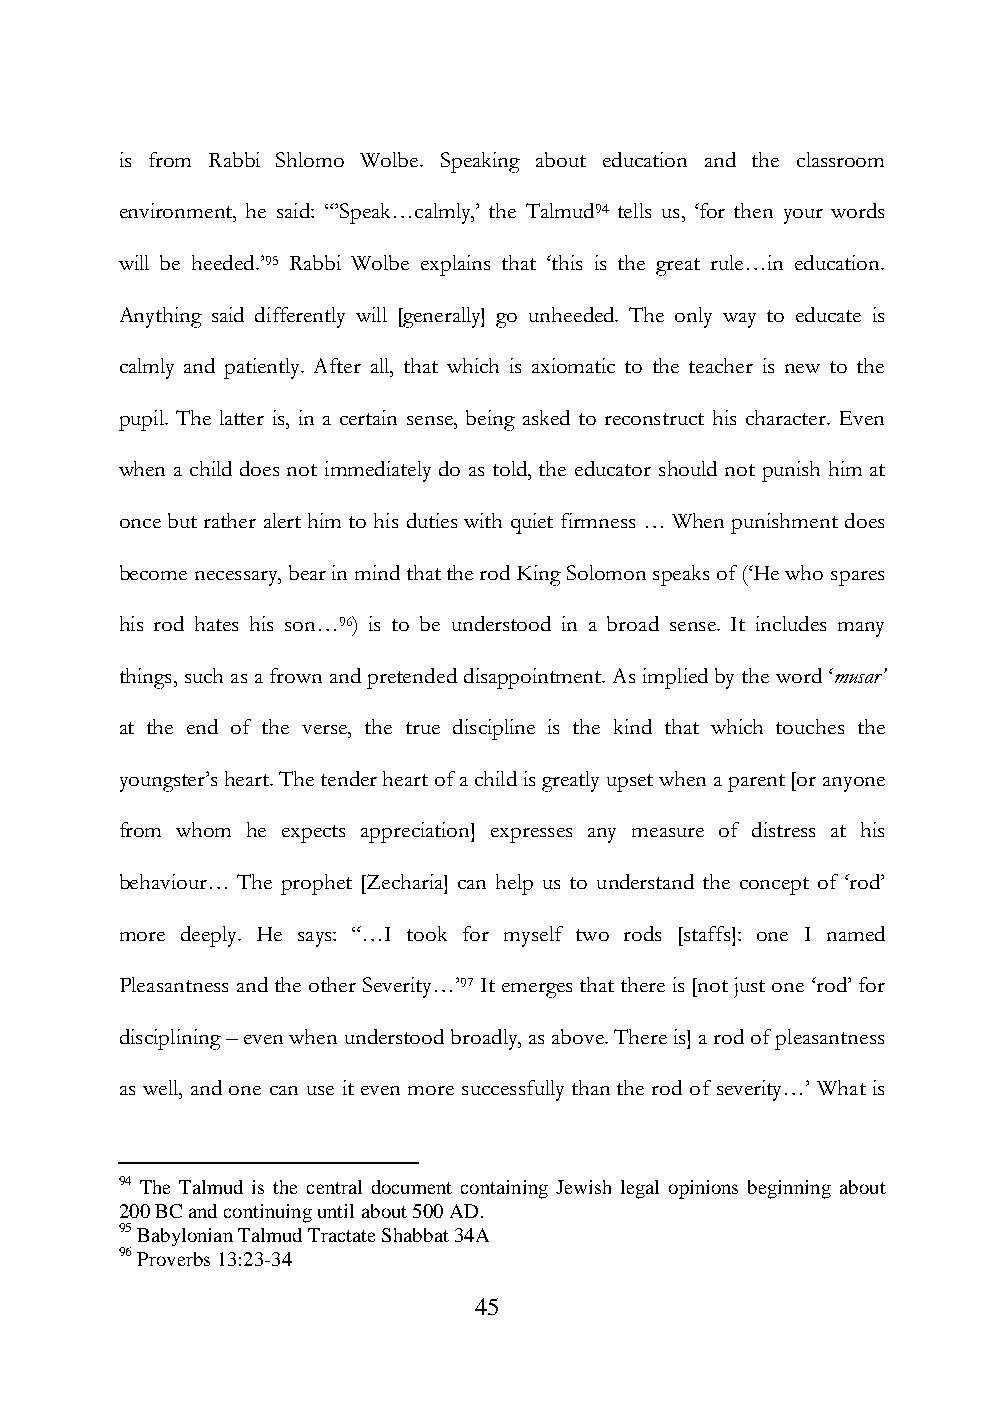
is from Rabbi Shlomo Wolbe. Speaking about education and the classroom
 environment, he said: “‟Speak…calmly,‟ the Talmud94 tells us, „for then your words
 will be heeded.‟95 Rabbi Wolbe explains that „this is the great rule…in education.
 Anything said differently will [generally] go unheeded. The only way to educate is
 calmly and patiently. After all, that which is axiomatic to the teacher is new to the
 pupil. The latter is, in a certain sense, being asked to reconstruct his character. Even
 when a child does not immediately do as told, the educator should not punish him at
 once but rather alert him to his duties with quiet firmness … When punishment does
 become necessary, bear in mind that the rod King Solomon speaks of („He who spares
 his rod hates his son…96) is to be understood in a broad sense. It includes many
 things, such as a frown and pretended disappointment. As implied by the word „musar’
 at the end of the verse, the true discipline is the kind that which touches the
 youngster‟s heart. The tender heart of a child is greatly upset when a parent [or anyone
 from whom he expects appreciation] expresses any measure of distress at his
 behaviour… The prophet [Zecharia] can help us to understand the concept of „rod‟
 more deeply. He says: “…I took for myself two rods [staffs]: one I named
 Pleasantness and the other Severity…‟97 It emerges that there is [not just one „rod‟ for
 disciplining – even when understood broadly, as above. There is] a rod of pleasantness
 as well, and one can use it even more successfully than the rod of severity…‟ What is
 94 The Talmud is the central document containing Jewish legal opinions beginning about
 200 BC and continuing until about 500 AD.
 95 Babylonian Talmud Tractate Shabbat 34A
 96 Proverbs 13:23-34
 45